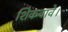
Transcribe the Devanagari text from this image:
शिकवावे।